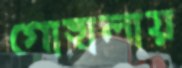
গোহালায়